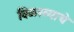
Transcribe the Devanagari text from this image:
विळख्याचे